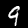
Label: 9